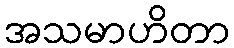
အသမာဟိတာ